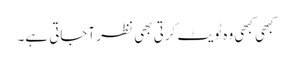
کبھی کبھی وہ ٹویٹ کرتی بھی نظر آجاتی ہے۔